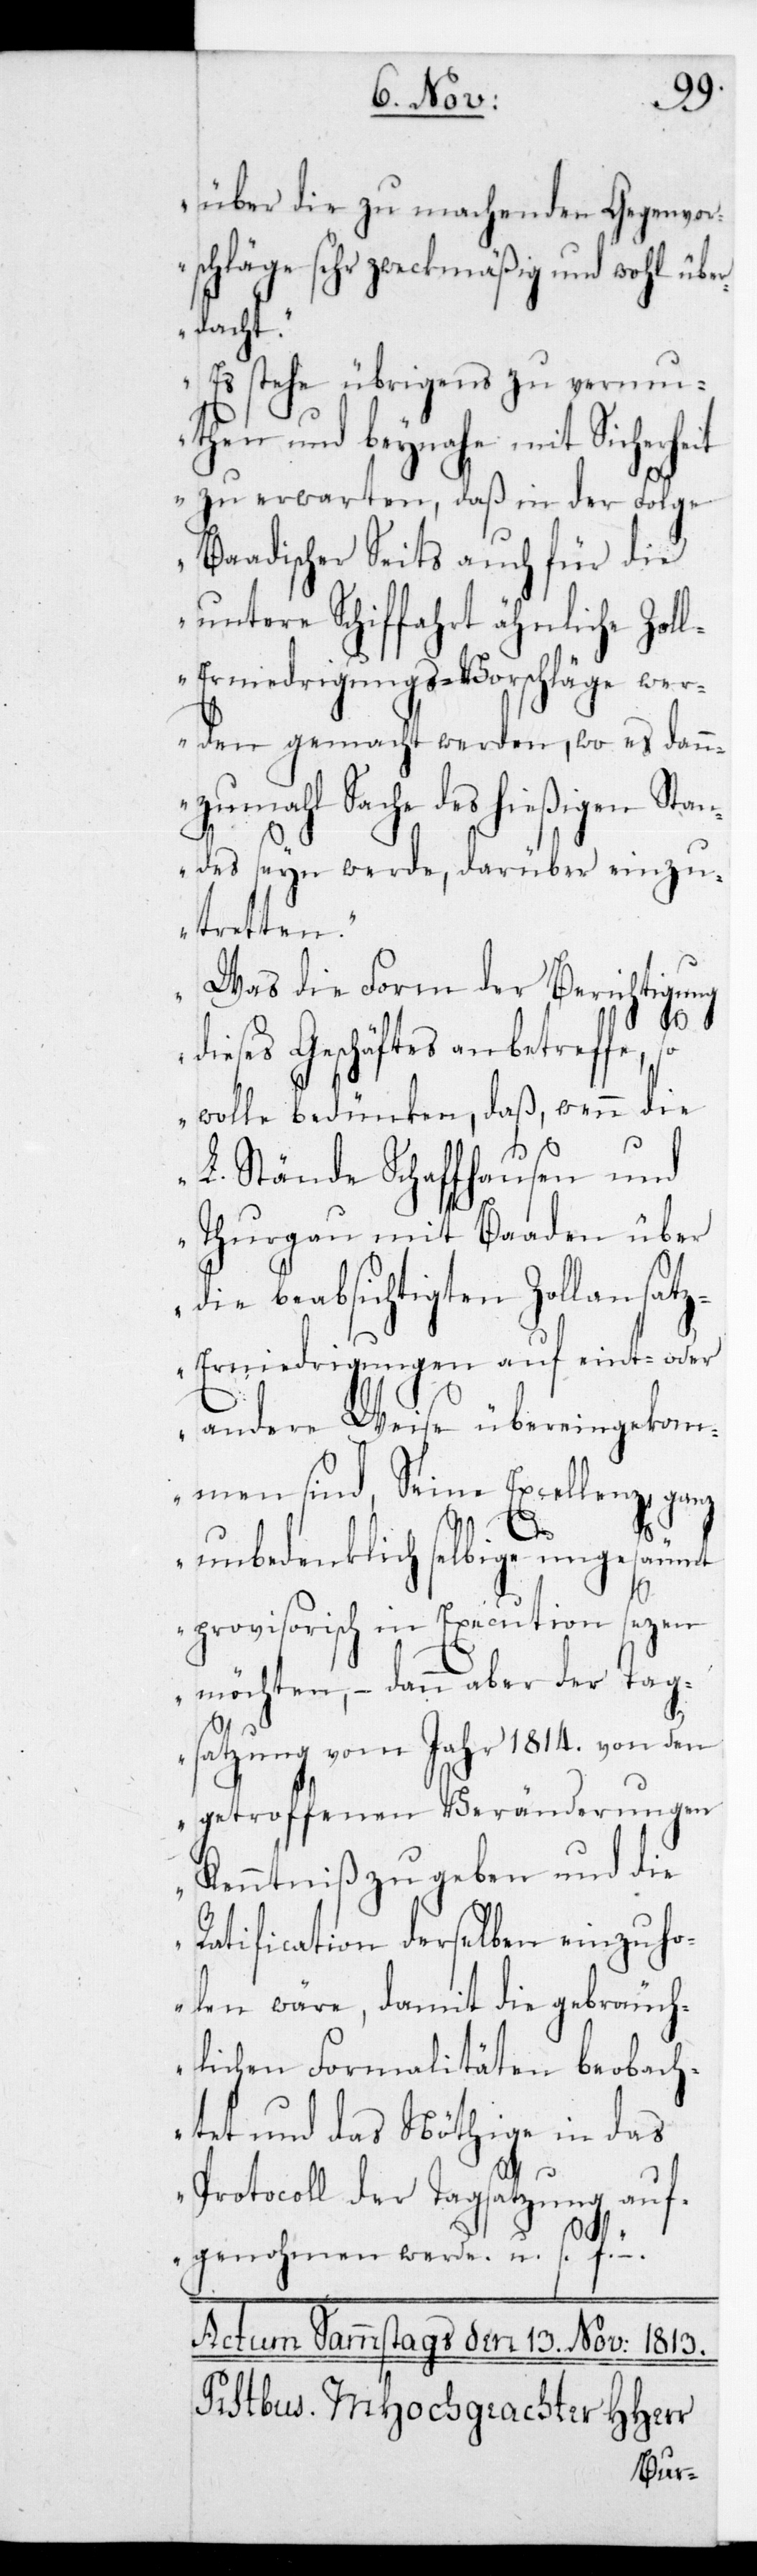
Gegenvor¬
über die zu machen¬
schläge sehr zweckmäßig
dacht.
Es stehe übrigens zu verm¬
uthen und beynahe mit Sicherheit
zu erwarten, daß in der Folge
Baadischer Seits auch für die
Zol¬
l-Erniedrigungs-Vorschläge wer¬
den gemacht werden,
es dann¬
zumahl Sache des hieß¬
en Stan¬
des seyn werde, darüber einzu¬
tretten.
Was die Form der Berichtigung
dieses Geschäftes anbetreffe, so
wolle bedünken, daß wenn die
L. Stände Schaffhausen und
Thurgau mit Baaden über
die beabsichtigten Zollansat¬
z-Erniedrigungen auf eint- oder
andere Weise übereingekom¬
men sind, Seine Excellenz ganz
unbedenklich selbige ungesäumt
–.“
povisorisch in Execution sezen
möchten, – dann aber der Tag¬
satzung vom Jahr 1814. von den
getroffenen Veränderungen
Kenntniß zu geben und die
Ratification derselben einzuh¬
olen wäre, damit die gebräuch¬
lichen Formalitäten beobach¬
tet und das Nöthige in das
Protocoll der Tagsatzung auf¬
genohmen werde, u.s.f.